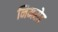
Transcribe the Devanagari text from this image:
निमसेट